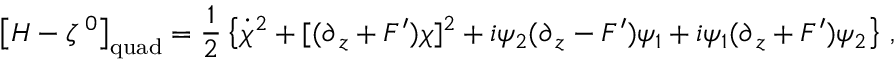
\left[ { \cal H } - \zeta ^ { \, 0 } \right] _ { \mathrm { q u a d } } = \frac { 1 } { 2 } \left\{ \dot { \chi } ^ { 2 } + [ ( \partial _ { \, z } + F ^ { \prime } ) \chi ] ^ { 2 } + i \psi _ { 2 } ( \partial _ { \, z } - F ^ { \prime } ) \psi _ { 1 } + i \psi _ { 1 } ( \partial _ { \, z } + F ^ { \prime } ) \psi _ { 2 } \right\} \, ,